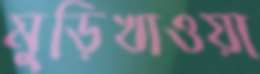
মুড়িখাওয়া